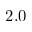
2 . 0